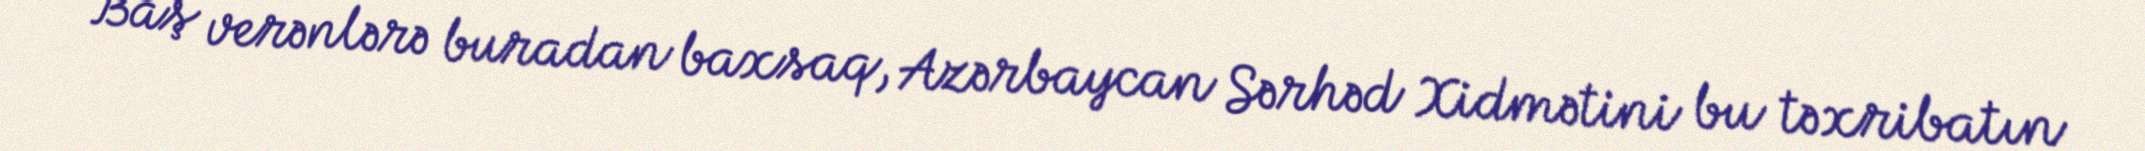
Baş verənlərə buradan baxsaq, Azərbaycan Sərhəd Xidmətini bu təxribatın